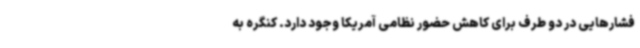
فشارهایی در دو طرف برای کاهش حضور نظامی آمریکا وجود دارد. کنگره به